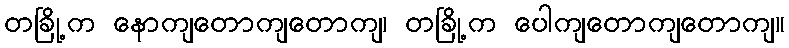
တခြို့က နောကျတောကျတောကျ၊ တခြို့က ပေါကျတောကျတောကျ။